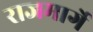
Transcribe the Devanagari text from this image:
राजमार्गे